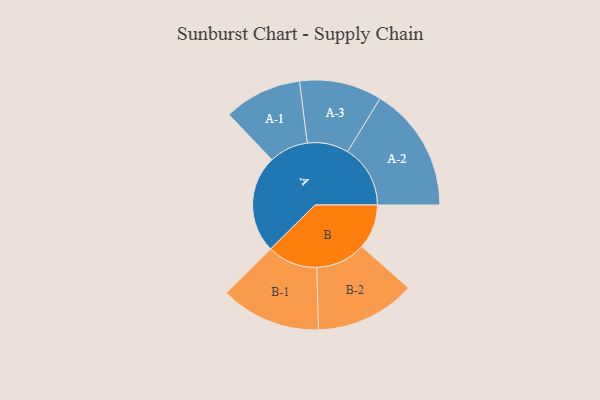
{"axis": {"x": "Segment", "y": "Value"}, "legend": ["", "A", "B"], "data": [{"x": "A", "y": 395, "type": ""}, {"x": "B", "y": 180, "type": ""}, {"x": "A-1", "y": 158, "type": "A"}, {"x": "A-2", "y": 254, "type": "A"}, {"x": "A-3", "y": 167, "type": "A"}, {"x": "B-1", "y": 203, "type": "B"}, {"x": "B-2", "y": 203, "type": "B"}]}